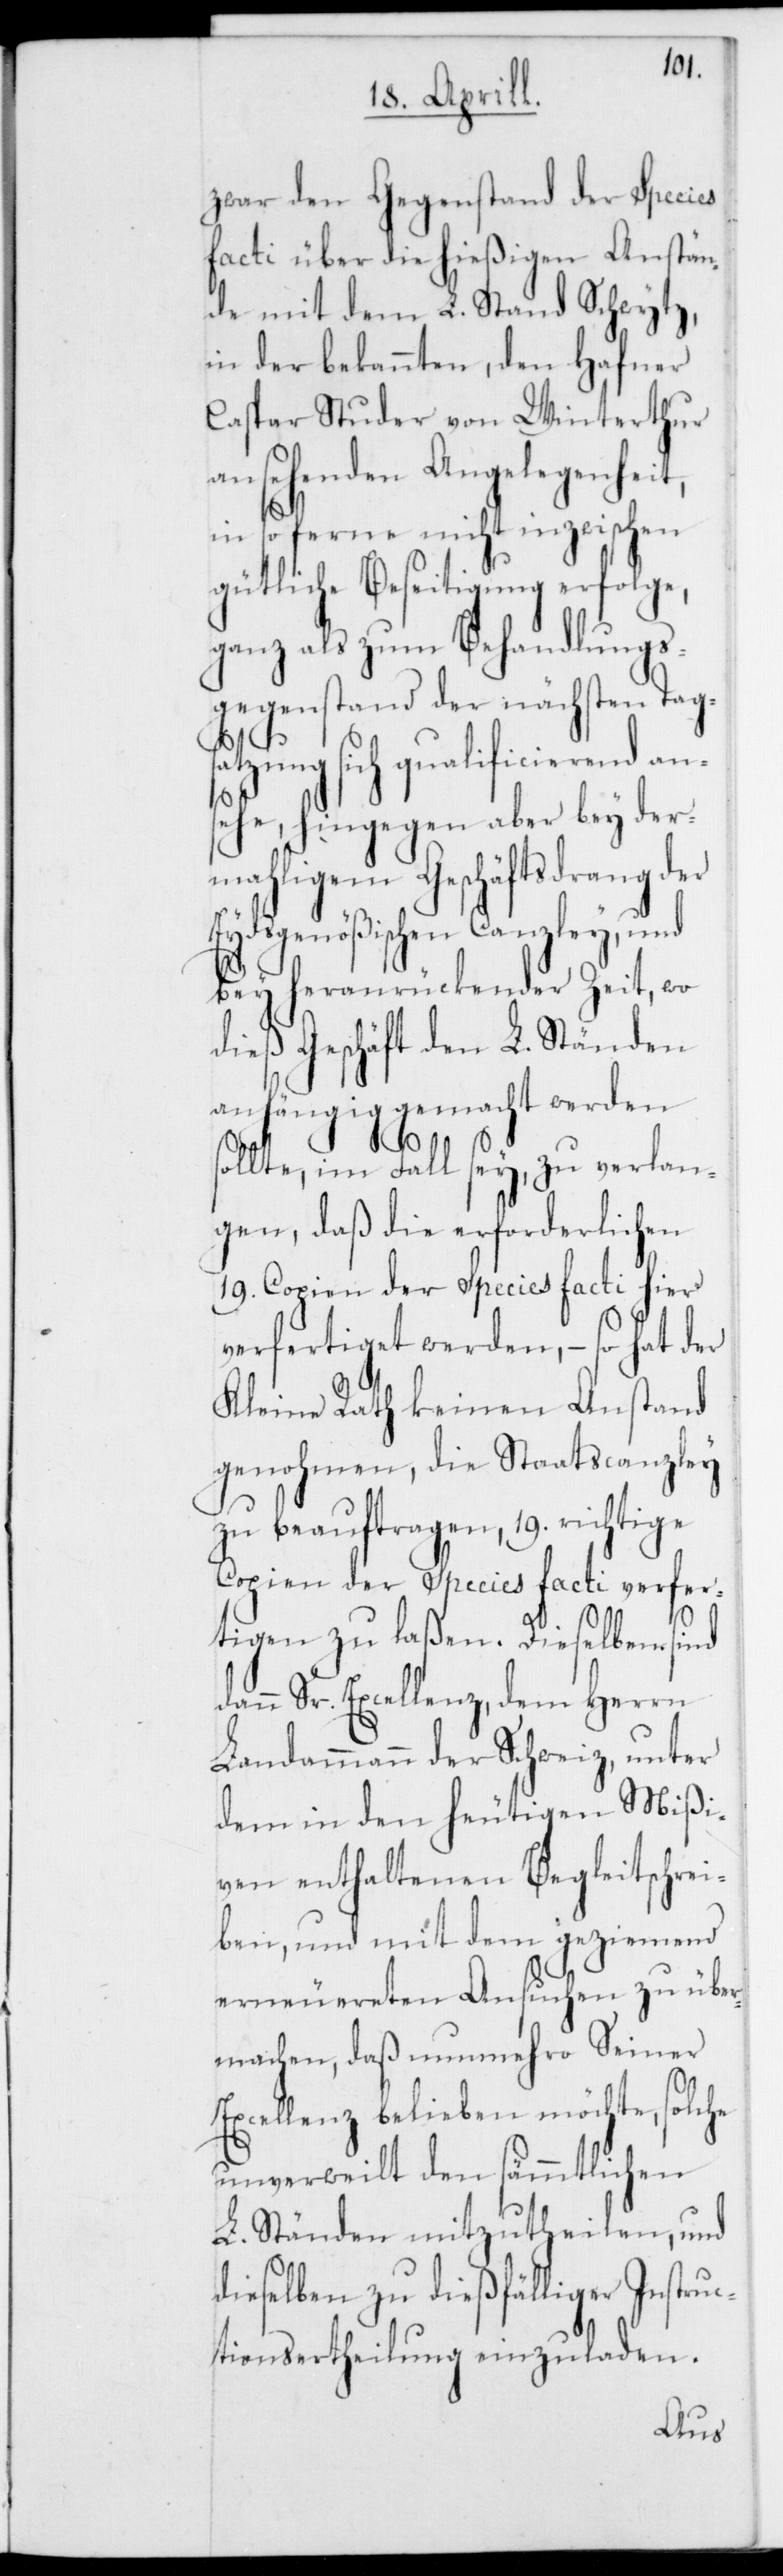
zwar den Gegenstand der Species
facti über die hießigen Anstän¬
de mit dem L. Stand Schwytz,
in der bekannten, den Hafner
Caspar Studer von Winterthur
ansehenden Angelegenheit,
in so ferne nicht inzwischen
gütliche Beseitigung erfolge,
ganz als zum Behandlungs¬
gegenstand der nächsten Tag¬
atzung sich qualificierend an¬
sehe, hingegen aber bey der¬
mahligem Geschäftsdrang der
Eydsgenößischen Canzley, und
bey heranrückender Zeit, wo
dieß Geschäft den L. Ständen
anhängig gemacht werden
s¬
ollte, im Fall sey, zu verlan¬
gen, daß die erforderlichen
19. Copien der Species facti hier
verfertiget werden, – so hat der
Kleine Rath keinen Anstand
genohmen, die Staatscanzley
zu beauftragen, 19. richtige
Copien der Species facti verfer¬
tigen zu laßen. Dieselben sind
dann Sr. Excellenz, dem Herrn
Landammann der Schweiz, unter
dem in den heutigen Mißi¬
ven enthaltenen Begleitschrei¬
ben, und mit dem geziemend
erneuereten Ansuchen zu über¬
machen, daß nunmehro Seiner
Excellenz belieben möchte, solche
unverweilt den sämmtlichen
L. Ständen mitzutheilen, und
dieselben zu dießfälliger Instruc¬
tionsertheilung einzuladen.